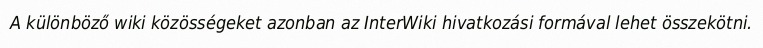
A különböző wiki közösségeket azonban az InterWiki hivatkozási formával lehet összekötni.